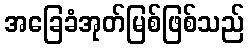
အခြေခံအုတ်မြစ်ဖြစ်သည်